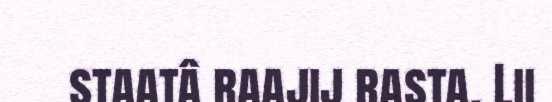
staatâ raajij rasta. Lii